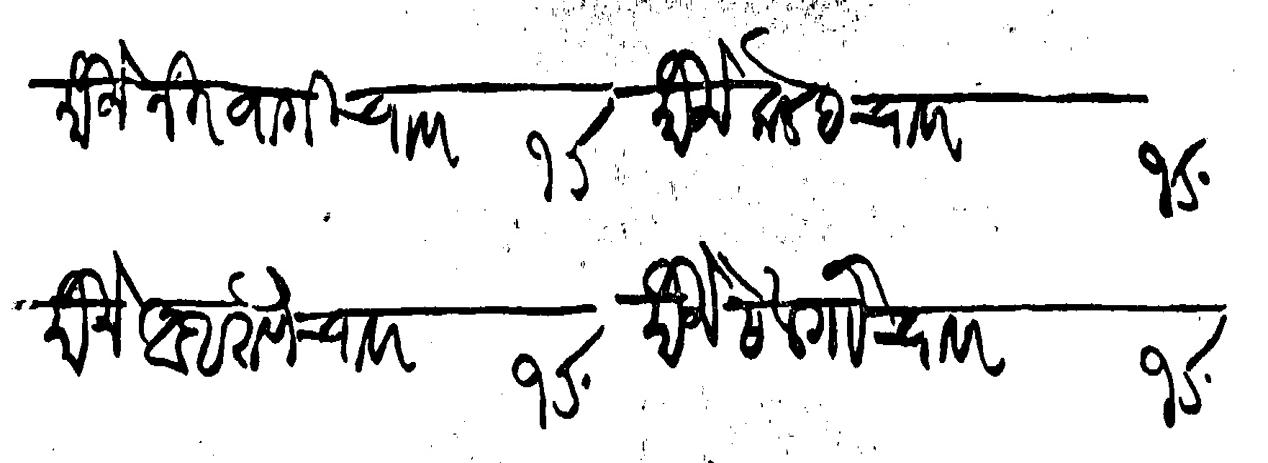
Transliteration (Devanagari): मौजे निरवागी चावर १σ मौजे कलबे चावर १σ मौजे आथरुणे चावर १σ मौजे सेल गौ चावर १σ